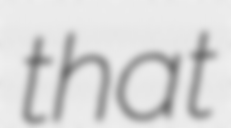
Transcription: that